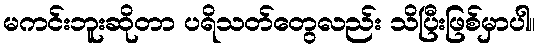
မကင်းဘူးဆိုတာ ပရိသတ်တွေလည်း သိပြီးဖြစ်မှာပါ။